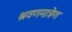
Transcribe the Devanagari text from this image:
श्रवणमात्रेण